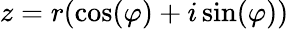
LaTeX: z=r(\cos(\varphi)+i\sin(\varphi))